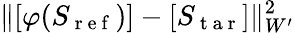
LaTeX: \lVert[\varphi(S_{\mathrm{~r~e~f~}})]-[S_{\mathrm{~t~a~r~}}]\rVert_{W^{\prime}}^{2}